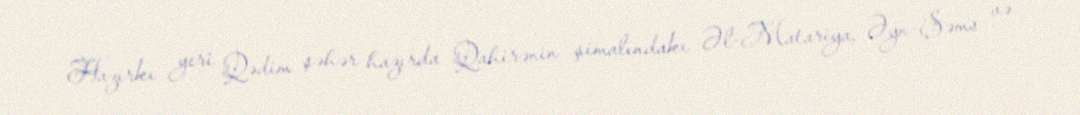
Hazırkı yeri Qədim şəhər hazırda Qahirənin şimalındakı Əl-Matariya, Əyn-Şəms və